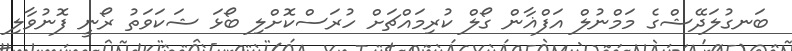
ބަނގުލަދޭޝްގެ މަމްނުލް އަފްޣާން ގޯލް ކުރިމައްޗަށް ހުރަސްކޮށްލި ބޯޅަ ޝަކަވަތު ރޯނީ ފޮނުވާލި